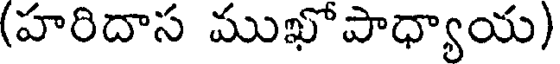
(హరిదాస ముఖోపాధ్యాయ)